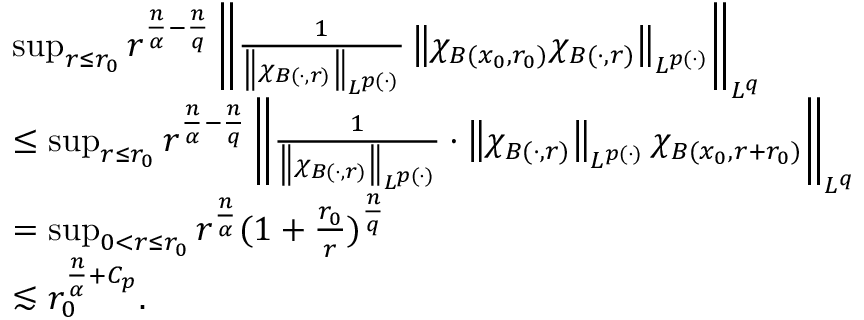
\begin{array} { r l } & { \operatorname* { s u p } _ { r \le r _ { 0 } } r ^ { \frac { n } { \alpha } - \frac { n } { q } } \left\| \frac { 1 } { \left\| \chi _ { B ( \cdot , r ) } \right\| _ { L ^ { p ( \cdot ) } } } \left\| \chi _ { B ( x _ { 0 } , r _ { 0 } ) } \chi _ { B ( \cdot , r ) } \right\| _ { L ^ { p ( \cdot ) } } \right\| _ { L ^ { q } } } \\ & { \le \operatorname* { s u p } _ { r \le r _ { 0 } } r ^ { \frac { n } { \alpha } - \frac { n } { q } } \left\| \frac { 1 } { \left\| \chi _ { B ( \cdot , r ) } \right\| _ { L ^ { p ( \cdot ) } } } \cdot \left\| \chi _ { B ( \cdot , r ) } \right\| _ { L ^ { p ( \cdot ) } } \chi _ { B ( x _ { 0 } , r + r _ { 0 } ) } \right\| _ { L ^ { q } } } \\ & { = \operatorname* { s u p } _ { 0 < r \le r _ { 0 } } r ^ { \frac { n } { \alpha } } ( 1 + \frac { r _ { 0 } } { r } ) ^ { \frac { n } { q } } } \\ & { \lesssim r _ { 0 } ^ { \frac { n } { \alpha } + C _ { p } } . } \end{array}